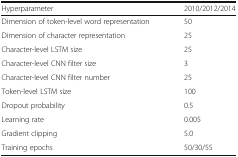
<table><thead><tr><td><b>Hyperparameter</b></td><td><b>2010/2012/2014</b></td></tr></thead><tbody><tr><td>Dimension of token-level word representation</td><td>50</td></tr><tr><td>Dimension of character representation</td><td>25</td></tr><tr><td>Character-level LSTM size</td><td>25</td></tr><tr><td>Character-level CNN filter size</td><td>3</td></tr><tr><td>Character-level CNN filter number</td><td>25</td></tr><tr><td>Token-level LSTM size</td><td>100</td></tr><tr><td>Dropout probability</td><td>0.5</td></tr><tr><td>Learning rate</td><td>0.005</td></tr><tr><td>Gradient clipping</td><td>5.0</td></tr><tr><td>Training epochs</td><td>50/30/55</td></tr></tbody></table>